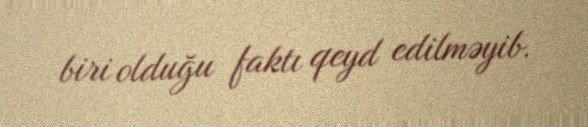
biri olduğu faktı qeyd edilməyib.